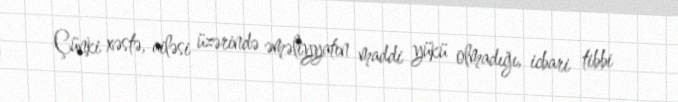
Çünki xəstə, ailəsi üzərində əməliyyatın maddi yükü olmadığı, icbari tibbi